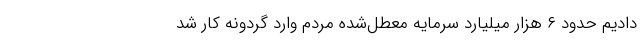
دادیم حدود ۶ هزار میلیارد سرمایه‌ معطل‌شده مردم وارد گردونه کار شد